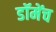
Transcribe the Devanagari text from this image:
डॉमेंच